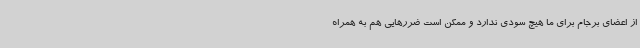
از اعضای برجام برای ما هیچ سودی ندارد و ممکن است ضررهایی هم به همراه